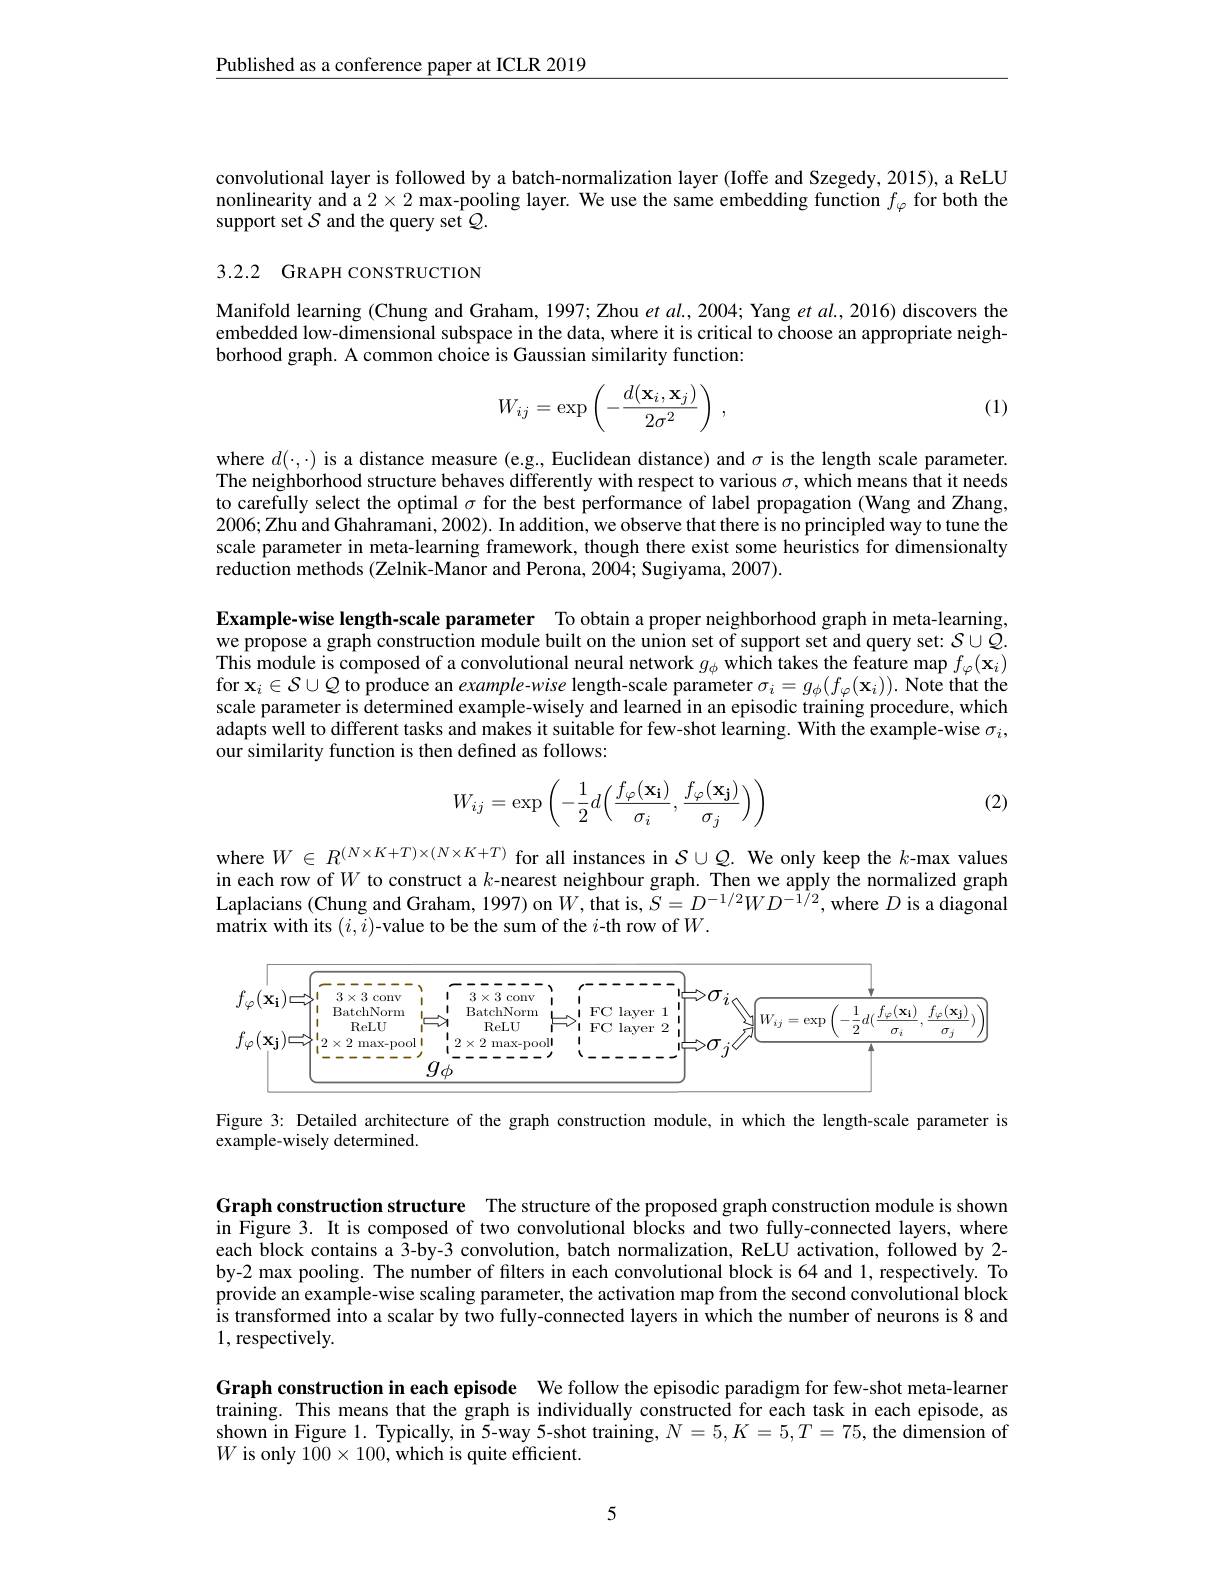
$\underline{\text{Published as a conference paper at ICLR 2019}}$

convolutional layer is followed by a batch-normalization layer (Ioffe and Szegedy, 2015), a ReLU nonlinearity and a $2\times2$ max-pooling layer. We use the same embedding function $f_\varphi$ for both the support set $\mathcal{S}$ and the query set $\mathcal{Q}.$

## 3.2.2 GRAPH CONSTRUCTION

Manifold learning (Chung and Graham, 1997; Zhou $etal.,2004;$ Yang et al., 2016) discovers the embedded low-dimensional subspace in the data, where it is critical to choose an appropriate neighborhood graph. A common choice is Gaussian similarity function:
$$W_{ij}=\exp\left(-\frac{d(\mathbf{x}_i,\mathbf{x}_j)}{2\sigma^2}\right)\:,$$
(1)

where $d(\cdot,\cdot)$ is a distance measure (e.g., Euclidean distance) and $\sigma$ is the length scale parameter. The neighborhood structure behaves differently with respect to various $\sigma$,which means that it needs to carefully select the optimal $\sigma$ for the best performance of label propagation (Wang and Zhang, $2006;\tilde{\text{Zhu and Ghahramani, 2002). In addition, we observe that there is no principled way to tune the}}$ scale parameter in meta-learning framework, though there exist some heuristics for dimensionalty reduction methods (Zelnik-Manor and Perona, 2004; Sugiyama, 2007).

Example-wise length-scale parameter To obtain a proper neighborhood graph in meta-learning, we propose a graph construction module built on the union set of support set and query set: $S\cup Q.$ This module is composed of a convolutional neural network $g_\phi$ which takes the feature map $f_\varphi(\mathbf{x}_i)$ for $\mathbf{x}_i\in\mathcal{S}\cup\mathcal{Q}$ to produce an example-wise length-scale parameter $\sigma_i=g_\phi(f_\varphi(\mathbf{x}_i)).$ Note that the scale parameter is determined example-wisely and learned in an episodic training procedure, which adapts well to different tasks and makes it suitable for few-shot learning. With the example-wise $\sigma_i$, our similarity function is then defined as follows:
$$W_{ij}=\exp\left(-\frac{1}{2}d\Big(\frac{f_\varphi(\mathbf{x_i})}{\sigma_i},\frac{f_\varphi(\mathbf{x_j})}{\sigma_j}\Big)\right)$$
(2)

where $W\in R^{(N\times K+T)\times(N\times K+T)}$ for all instances in $\mathcal{S}\cup\mathcal{Q}.$ We only keep the $k$-max values $\begin{array}{ll}{\text{in each row of }W\text{ to construct a }k\text{-nearest neighbour graph. Then we apply the normalized graph}}\\{\text{Laplacians (Chung and Graham, 1997) on}W,\mathrm{that~is,~}S=D^{-1/2}WD^{-1/2},\mathrm{where~}D\text{ is a diagonal}}\end{array}$ matrix with its $(i,i)$-value to be the sum of the $i$-th row of $W.$

<FigureHere>

Figure 3: Detailed architecture of the graph construction module, in which the length-scale parameter is
example-wisely determined.

Graph construction structure The structure of the proposed graph construction module is shown in Figure 3. It is composed of two convolutional blocks and two fully-connected layers, where

each block contains a 3-by-3 convolution, batch normalization, ReLU activation, followed by 2- by-2 max pooling. The number of filters in each convolutional block is 64 and 1, respectively. To provide an example-wise scaling parameter, the activation map from the second convolutional block is transformed into a scalar by two fully-connected layers in which the number of neurons is 8 and 1,respectively.

Graph construction in each episode We follow the episodic paradigm for few-shot meta-learner training. This means that the graph is individually constructed for each task in each episode, as shown in Figure 1. Typically, in 5-way 5-shot training, $N=5,K=5,T=75$, the dimension of $W$ is only $100\times100$, which is quite efficient.

5